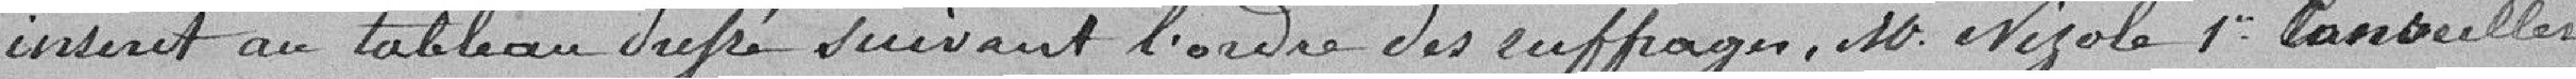
inscrit au tableau        suivant l'ordre des suffrages, Monsieur Nizole premier Conseiller